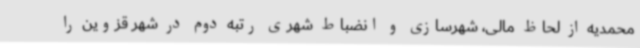
محمدیه از لحاظ مالی، شهرسازی و انضباط شهری رتبه دوم در شهر قزوین را